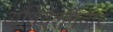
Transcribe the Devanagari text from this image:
अधिवेशनवार